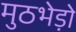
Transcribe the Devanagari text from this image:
मुठभेड़ो